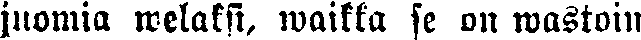
juomia welaksi, waikka se on wastoin